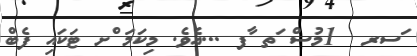
ަސރ  1މުސް ަތ ާފ ...އެވެ. މިކަމަ ްށ ޓަކައި ފެބް